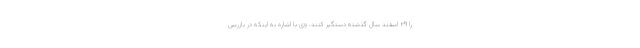
را ۲۹ اسفند سال گذشته دستگیر کنند. وی با اشاره به اینکه در بازرسی